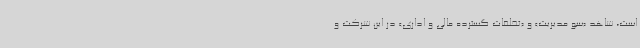
است، شاهد «سو مدیریت» و «تخلفات گسترده مالی و اداری» در این شرکت و